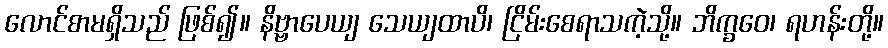
လောင်စာမရှိသည် ဖြစ်၍။ နိဗ္ဗာပေယျ သေယျထာပိ၊ ငြိမ်းစေရာသကဲ့သို့။ ဘိက္ခဝေ၊ ရဟန်းတို့။